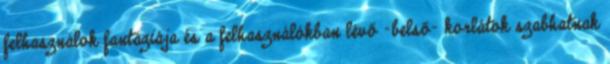
felhasználok fantáziája és a felhasználókban lévő -belső- korlátok szabhatnak